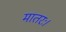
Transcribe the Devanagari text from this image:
मातरः।